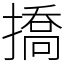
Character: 撟